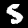
Digit: 5